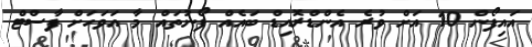
އައިފޯން 10 އަށް ވުރެ އެންޑްރޮއިޑް ބައެއް ފޯނުތައް މާ އަވަހަށް ފާސްޓް